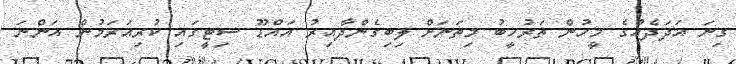
ގިނަ އަދަދެއްގެ މީހުން ތަރުހީބު މިތަނަށް ލިބިގެންދާއިރު އައްޑޫ ސިޓީގައި ކުރިއަރަމުން އަންނަ